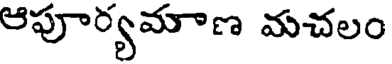
ఆపూర్యమాణ మచలం